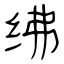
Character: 绋